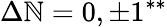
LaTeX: \Delta\mathbb{N}=0,\pm1^{**}